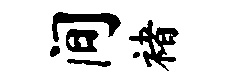
间褚